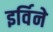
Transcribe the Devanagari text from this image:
इर्विने